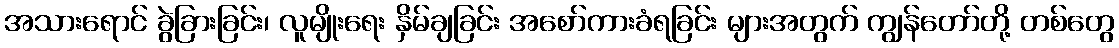
အသားရောင် ခွဲခြားခြင်း၊ လူမျိုးရေး နှိမ်ချခြင်း အစော်ကားခံရခြင်း များအတွက် ကျွန်တော်တို့ တစ်တွေ